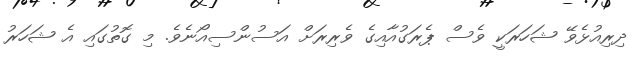
ދިރިއުޅެވޭ ޝަހަރަކީ ވެސް ޕެރަގުއާއިގެ ވެރިރަށް އަސުންސިއޯނެވެ. މި ގޮތުގައި އެ ޝަހަރު